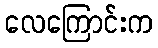
လေကြောင်းက